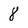
Character: 8